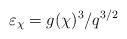
LaTeX: \begin{align*}\varepsilon_\chi=g(\chi)^3/q^{3/2}\end{align*}